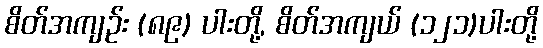
စိတ်အကျဉ်း (၈၉) ပါးတို့, စိတ်အကျယ် (၁၂၁)ပါးတို့